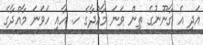
އަދި އެ ގާނޫނުގެ ތިން ވަނަ މާއްދާގެ ހ. އާއި ހަވަނަ މާއްދާގެ